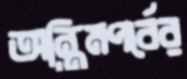
অন্তিমপর্বের